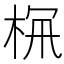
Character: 𣑪